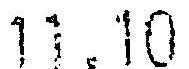
11.10